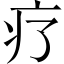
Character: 疗